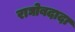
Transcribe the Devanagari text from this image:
राघोबदादा